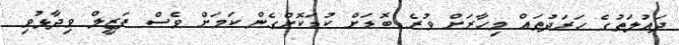
ދައުލަތުގެ ހަރަދުތައް މިހާރަށް ވުރެ ބޮޑަށް ކުޑަކޮށްގެން ކަމަށް ވެސް ފަޒީލް ވިދާޅުވި